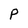
Character: P